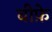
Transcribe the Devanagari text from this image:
बीफ़े